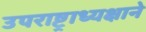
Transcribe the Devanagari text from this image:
उपराष्ट्राध्यक्षाने